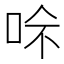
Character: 𠲇